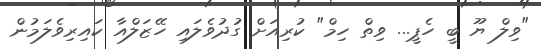
"ވިލް ޔޫ ބީ ހެޕީ... ވިތް ހިމް" ކުރިއަށް ގުދުވެލައި ހޭޒަލްއާ ކައިރިވެލަމުން